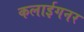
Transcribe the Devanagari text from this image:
कलाईगनर